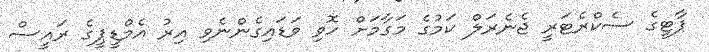
ޕާޓީގެ ސެކްރެޓަރީ ޖެނެރަލް ކަމުގެ މަގާމަށް ހޮވި ވަޑައިގެންނެވި އިރު އެމްޑީޕީގެ ރައީސް